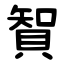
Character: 䝷